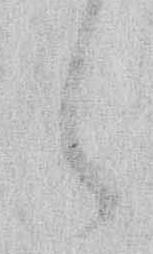
々